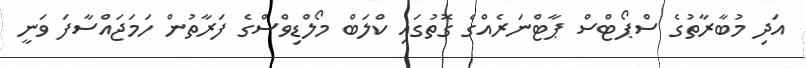
އަދި މުބާރާތުގެ ސްޕޯޓްސް ޕާޓްނަރެއްގެ ގޮތުގައި ކްލަބް މޯލްޑިވްސްގެ ފަރާތުން ހަމަޖައްސާފަ ވަނީ